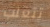
تتغلب